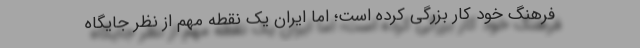
فرهنگ خود کار بزرگی کرده است؛ اما ایران یک نقطه مهم از نظر جایگاه